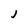
Character: J